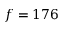
f = 1 7 6